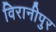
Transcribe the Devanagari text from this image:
विरानीपुर